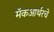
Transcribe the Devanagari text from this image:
मॅकआर्थरचे